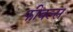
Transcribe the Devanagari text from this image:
फीबल्स